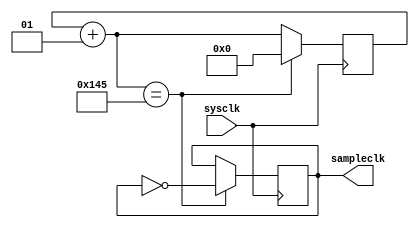
module BRG(sysclk,sampleclk);
input sysclk;
output reg sampleclk=0;
integer count=0;
always @(posedge sysclk) begin
	count=count+1;
	if(count==325) begin
		count=0;
		sampleclk=~sampleclk;
	end
end
endmodule